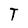
Character: T